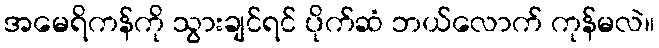
အမေရိကန်ကို သွားချင်ရင် ပိုက်ဆံ ဘယ်လောက် ကုန်မလဲ။